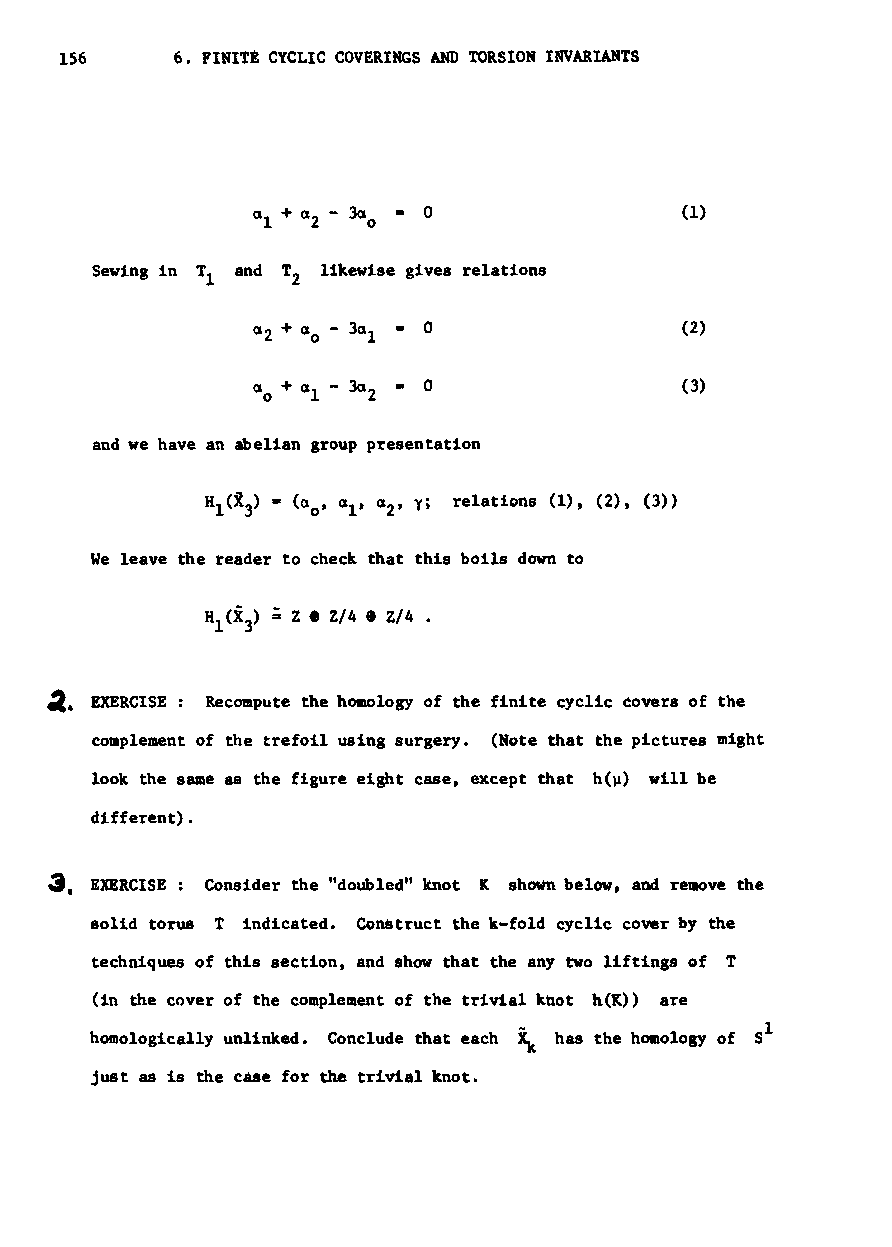
156     6. FINITt CYCLIC COVERINGS AND TORSION INVARIANTS
 a + a - 3a • 0              (1)
 1   2  0
 Sewing in T and T likewise gives relations
 1    2
 (2)
 (3)
 and we have an abelian group presentation
 We leave the reader to check that this boils down to
 ~. EXERCISE: Recompute the homology of the finite cyclic eovers of the
 complement of the trefoil using surgery. (Note that the pictures might
 look the same as the figure e1ght case, except that h{lJ) will be
 different).
 3, EXERCISE: Consider the "doubled" knot K shown below, and remove the
 solid torus T indicated. Construct the k-fold cyclic cover by the
 techniques of this section, and show that the any two I1ftings of T
 (in the cover of the complement of the trivial knot h(K» are
 ~
 homologically unlinked. Conclude that each has the homology of S1
 just as is the case for the trivial knot.